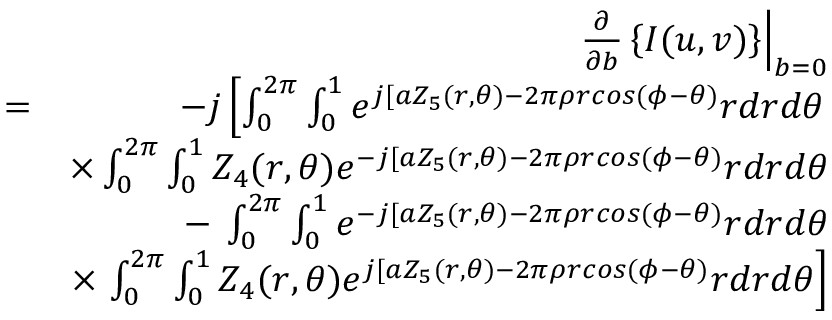
\begin{array} { r l r } & { } & { \left. \frac { \partial } { \partial b } \left\{ I ( u , v ) \right\} \right| _ { b = 0 } } \\ & { = } & { - j \left[ \int _ { 0 } ^ { 2 \pi } \int _ { 0 } ^ { 1 } e ^ { j [ a Z _ { 5 } ( r , \theta ) - 2 \pi \rho r c o s ( \phi - \theta ) } r d r d \theta \right. } \\ & { } & { \times \int _ { 0 } ^ { 2 \pi } \int _ { 0 } ^ { 1 } Z _ { 4 } ( r , \theta ) e ^ { - j [ a Z _ { 5 } ( r , \theta ) - 2 \pi \rho r c o s ( \phi - \theta ) } r d r d \theta } \\ & { } & { - \: \int _ { 0 } ^ { 2 \pi } \int _ { 0 } ^ { 1 } e ^ { - j [ a Z _ { 5 } ( r , \theta ) - 2 \pi \rho r c o s ( \phi - \theta ) } r d r d \theta } \\ & { } & { \times \left. \int _ { 0 } ^ { 2 \pi } \int _ { 0 } ^ { 1 } Z _ { 4 } ( r , \theta ) e ^ { j [ a Z _ { 5 } ( r , \theta ) - 2 \pi \rho r c o s ( \phi - \theta ) } r d r d \theta \right] } \end{array}